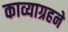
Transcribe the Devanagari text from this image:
काव्याग्रहने